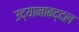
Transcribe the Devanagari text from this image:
उद्यानाबद्दल